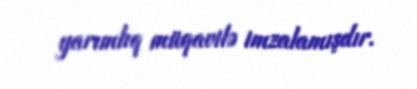
yarımlıq müqavilə imzalamışdır.